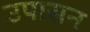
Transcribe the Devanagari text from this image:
उपासन